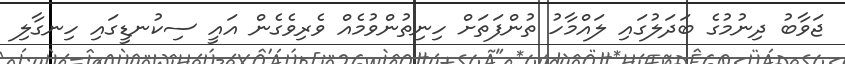
ޖަވާބު ދިނުމުގެ ބަދަލުގައި ލައްމާހު ތުންފަތަށް ހިނިތުންވުމެއް ވެރިވެގެން އައީ ސިކުނޑީގައި ހިނގާލި